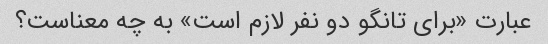
عبارت «برای تانگو دو نفر لازم است» به چه معناست؟